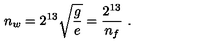
n _ { w } = 2 ^ { 1 3 } \sqrt { \frac { g } { e } } = { \frac { 2 ^ { 1 3 } } { n _ { f } } } \ .